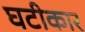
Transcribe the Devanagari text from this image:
घटीकार